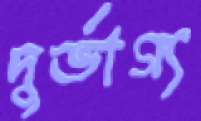
দুর্ভাগ্য